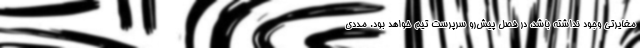
مغایرتی وجود نداشته باشد، در فصل پیش‌رو سرپرست تیم خواهد بود. مددی